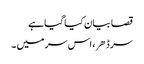
قصا بیان کیا گیا ہے
سر ڈهر، اس سر میں ۔